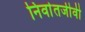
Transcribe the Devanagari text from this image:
निर्वातजीवी